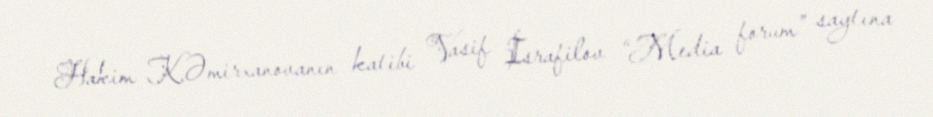
Hakim K.Əmirxanovanın katibi Vasif İsrafilov “Media forum” saytına